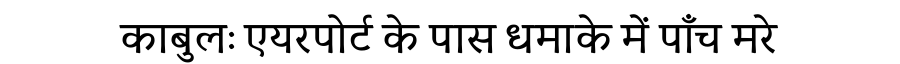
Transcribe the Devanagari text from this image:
काबुलः एयरपोर्ट के पास धमाके में पाँच मरे